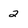
Character: 2